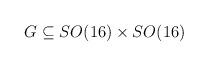
LaTeX: \begin{align*}G \subseteq SO(16) \times SO(16)\end{align*}